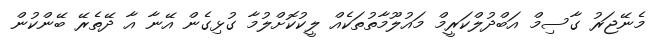
މެނޭޖަރު ގާސިމް އަބްދުލްކަރީމް މައުލޫމާތުތަކެއް ލީކުކޮށްލުމާ ގުޅިގެން އޭނާ އާ ދޭތެރޭ ބޭންކުން